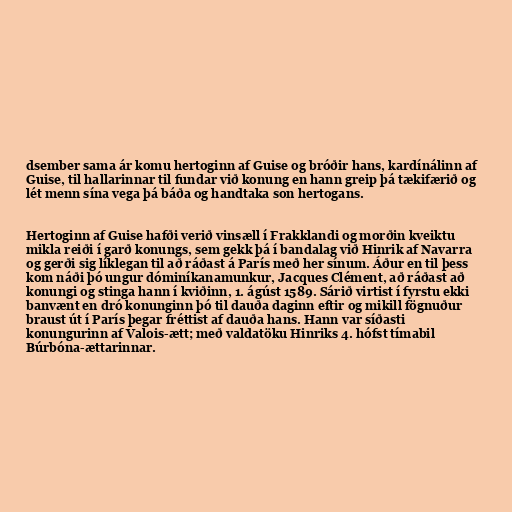
dsember sama ár komu hertoginn af Guise og bróðir hans, kardínálinn af
Guise, til hallarinnar til fundar við konung en hann greip þá tækifærið og
lét menn sína vega þá báða og handtaka son hertogans.

Hertoginn af Guise hafði verið vinsæll í Frakklandi og morðin kveiktu
mikla reiði í garð konungs, sem gekk þá í bandalag við Hinrik af Navarra
og gerði sig líklegan til að ráðast á París með her sínum. Áður en til þess
kom náði þó ungur dóminíkanamunkur, Jacques Clément, að ráðast að
konungi og stinga hann í kviðinn, 1. ágúst 1589. Sárið virtist í fyrstu ekki
banvænt en dró konunginn þó til dauða daginn eftir og mikill fögnuður
braust út í París þegar fréttist af dauða hans. Hann var síðasti
konungurinn af Valois-ætt; með valdatöku Hinriks 4. hófst tímabil
Búrbóna-ættarinnar.